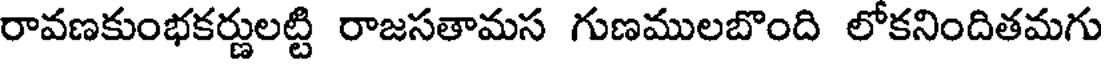
రావణకుంభకర్ణులట్టి రాజసతామస గుణములబొంది లోకనిందితమగు